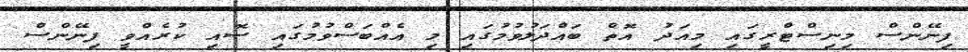
ފިނޭންސް މިނިސްޓްރީގައި މިއަދު އޮތް ބައްދަލުވުމުގައި މި އެއްބަސްވުމުގައި ސޮއި ކުރެއްވީ ފިނޭންސް